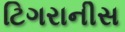
ટિગરાનીસ